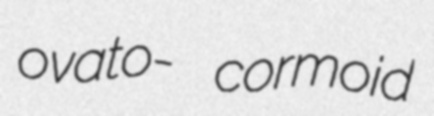
ovato- cormoid